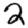
Digit: 2